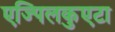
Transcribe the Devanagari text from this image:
एज्पिलकुएटा